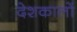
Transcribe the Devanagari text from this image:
देशकालों